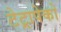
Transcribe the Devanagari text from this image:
टेट्रापेको